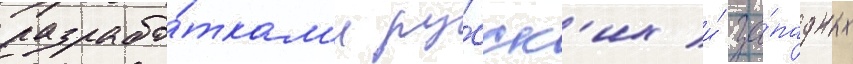
разрабо́ткам'и ру́сск'их и́ за́падных